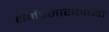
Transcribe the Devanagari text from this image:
धर्मप्रसारकांच्या